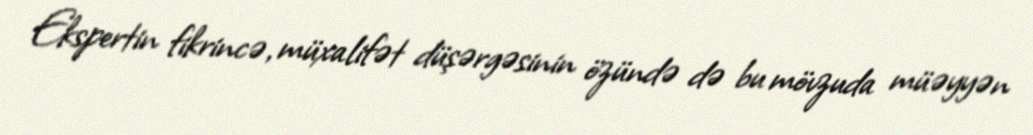
Ekspertin fikrincə, müxalifət düşərgəsinin özündə də bu mövzuda müəyyən